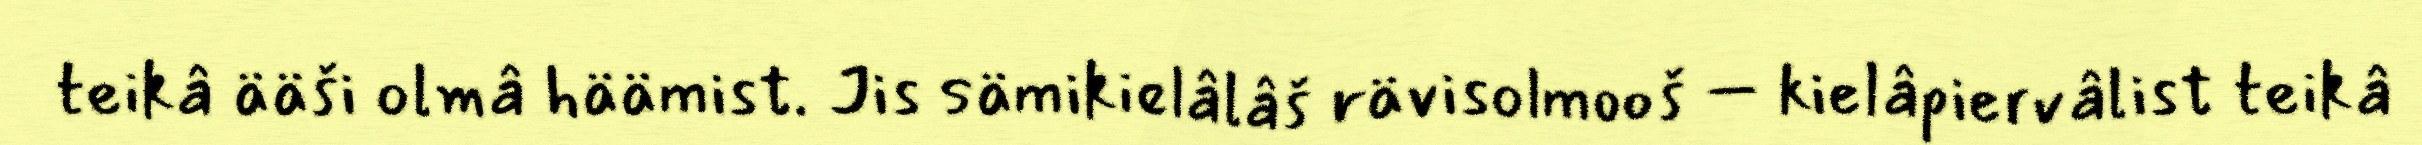
teikâ ääši olmâ häämist. Jis sämikielâlâš rävisolmooš – kielâpiervâlist teikâ